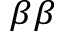
_ { \beta \beta }